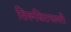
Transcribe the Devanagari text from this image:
तिरूचिरापल्‍ली